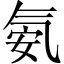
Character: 氨